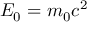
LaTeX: \ E _ { 0 } = m _ { 0 } c ^ { 2 }